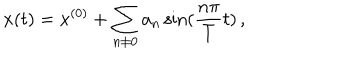
LaTeX: x ( t ) = x ^ { ( 0 ) } + \sum _ { n \neq 0 } a _ { n } \sin ( \frac { n \pi } { T } t ) \, , \nonumber